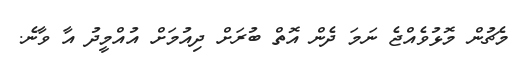
މެޗުން މޮޅުވެއްޖެ ނަމަ ދެން އޮތް ބުރަށް ދިއުމަށް އުއްމީދު އާ ވާނެ.